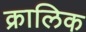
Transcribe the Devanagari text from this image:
क्रालिक